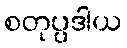
စတုပ္ပဒါယ